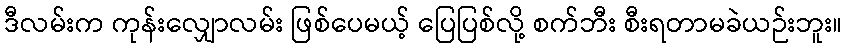
ဒီလမ်းက ကုန်းလျှောလမ်း ဖြစ်ပေမယ့် ပြေပြစ်လို့ စက်ဘီး စီးရတာမခဲယဉ်းဘူး။